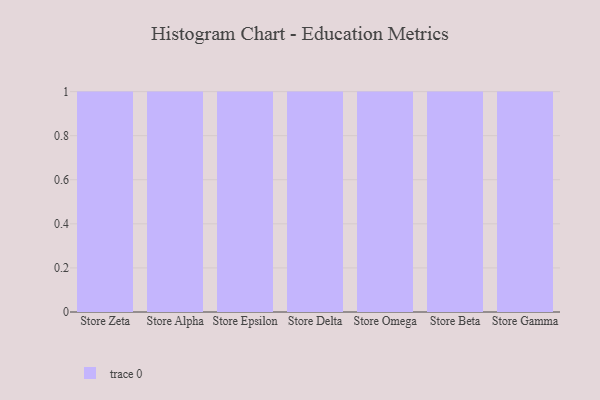
{"axis": {"x": "Store", "y": "Satisfaction Score"}, "legend": [""], "data": [{"x": "Store Zeta", "y": 60, "type": ""}, {"x": "Store Alpha", "y": 15, "type": ""}, {"x": "Store Epsilon", "y": 16, "type": ""}, {"x": "Store Delta", "y": 41, "type": ""}, {"x": "Store Omega", "y": 59, "type": ""}, {"x": "Store Beta", "y": 17, "type": ""}, {"x": "Store Gamma", "y": 64, "type": ""}]}